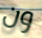
ون